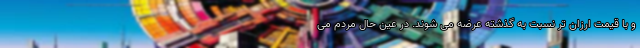
و با قیمت ارزان تر نسبت به گذشته عرضه می شوند. در عین حال مردم می